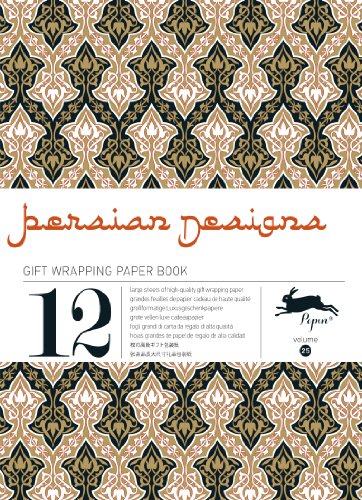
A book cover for Persian Designs  : Gift and creative paper paper book Vol.25 (Gift Wrapping Paper Book); Crafts, Hobbies & Home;